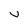
Character: v